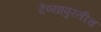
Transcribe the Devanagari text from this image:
देण्यापुरतीच